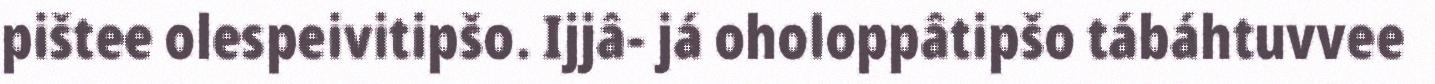
pištee olespeivitipšo. Ijjâ- já oholoppâtipšo tábáhtuvvee